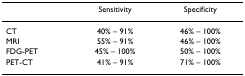
<table><thead><tr><td></td><td><b>Sensitivity</b></td><td><b>Specificity</b></td></tr></thead><tbody><tr><td>CT</td><td>40% – 91%</td><td>46% – 100%</td></tr><tr><td>MRI</td><td>55% – 91%</td><td>46% – 100%</td></tr><tr><td>FDG-PET</td><td>45% – 100%</td><td>50% – 100%</td></tr><tr><td>PET-CT</td><td>41% – 91%</td><td>71% – 100%</td></tr></tbody></table>